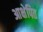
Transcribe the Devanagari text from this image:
आक्षेपित